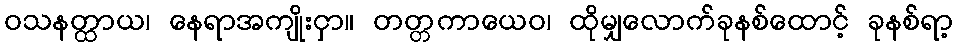
ဝသနတ္ထာယ၊ နေရာအကျိုးငှာ။ တတ္တကာယေဝ၊ ထိုမျှလောက်ခုနစ်ထောင့် ခုနစ်ရာ့